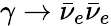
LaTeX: \gamma\rightarrow\bar{\nu}_{e}\bar{\nu}_{e}